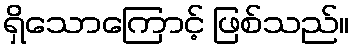
ရှိသောကြောင့် ဖြစ်သည်။